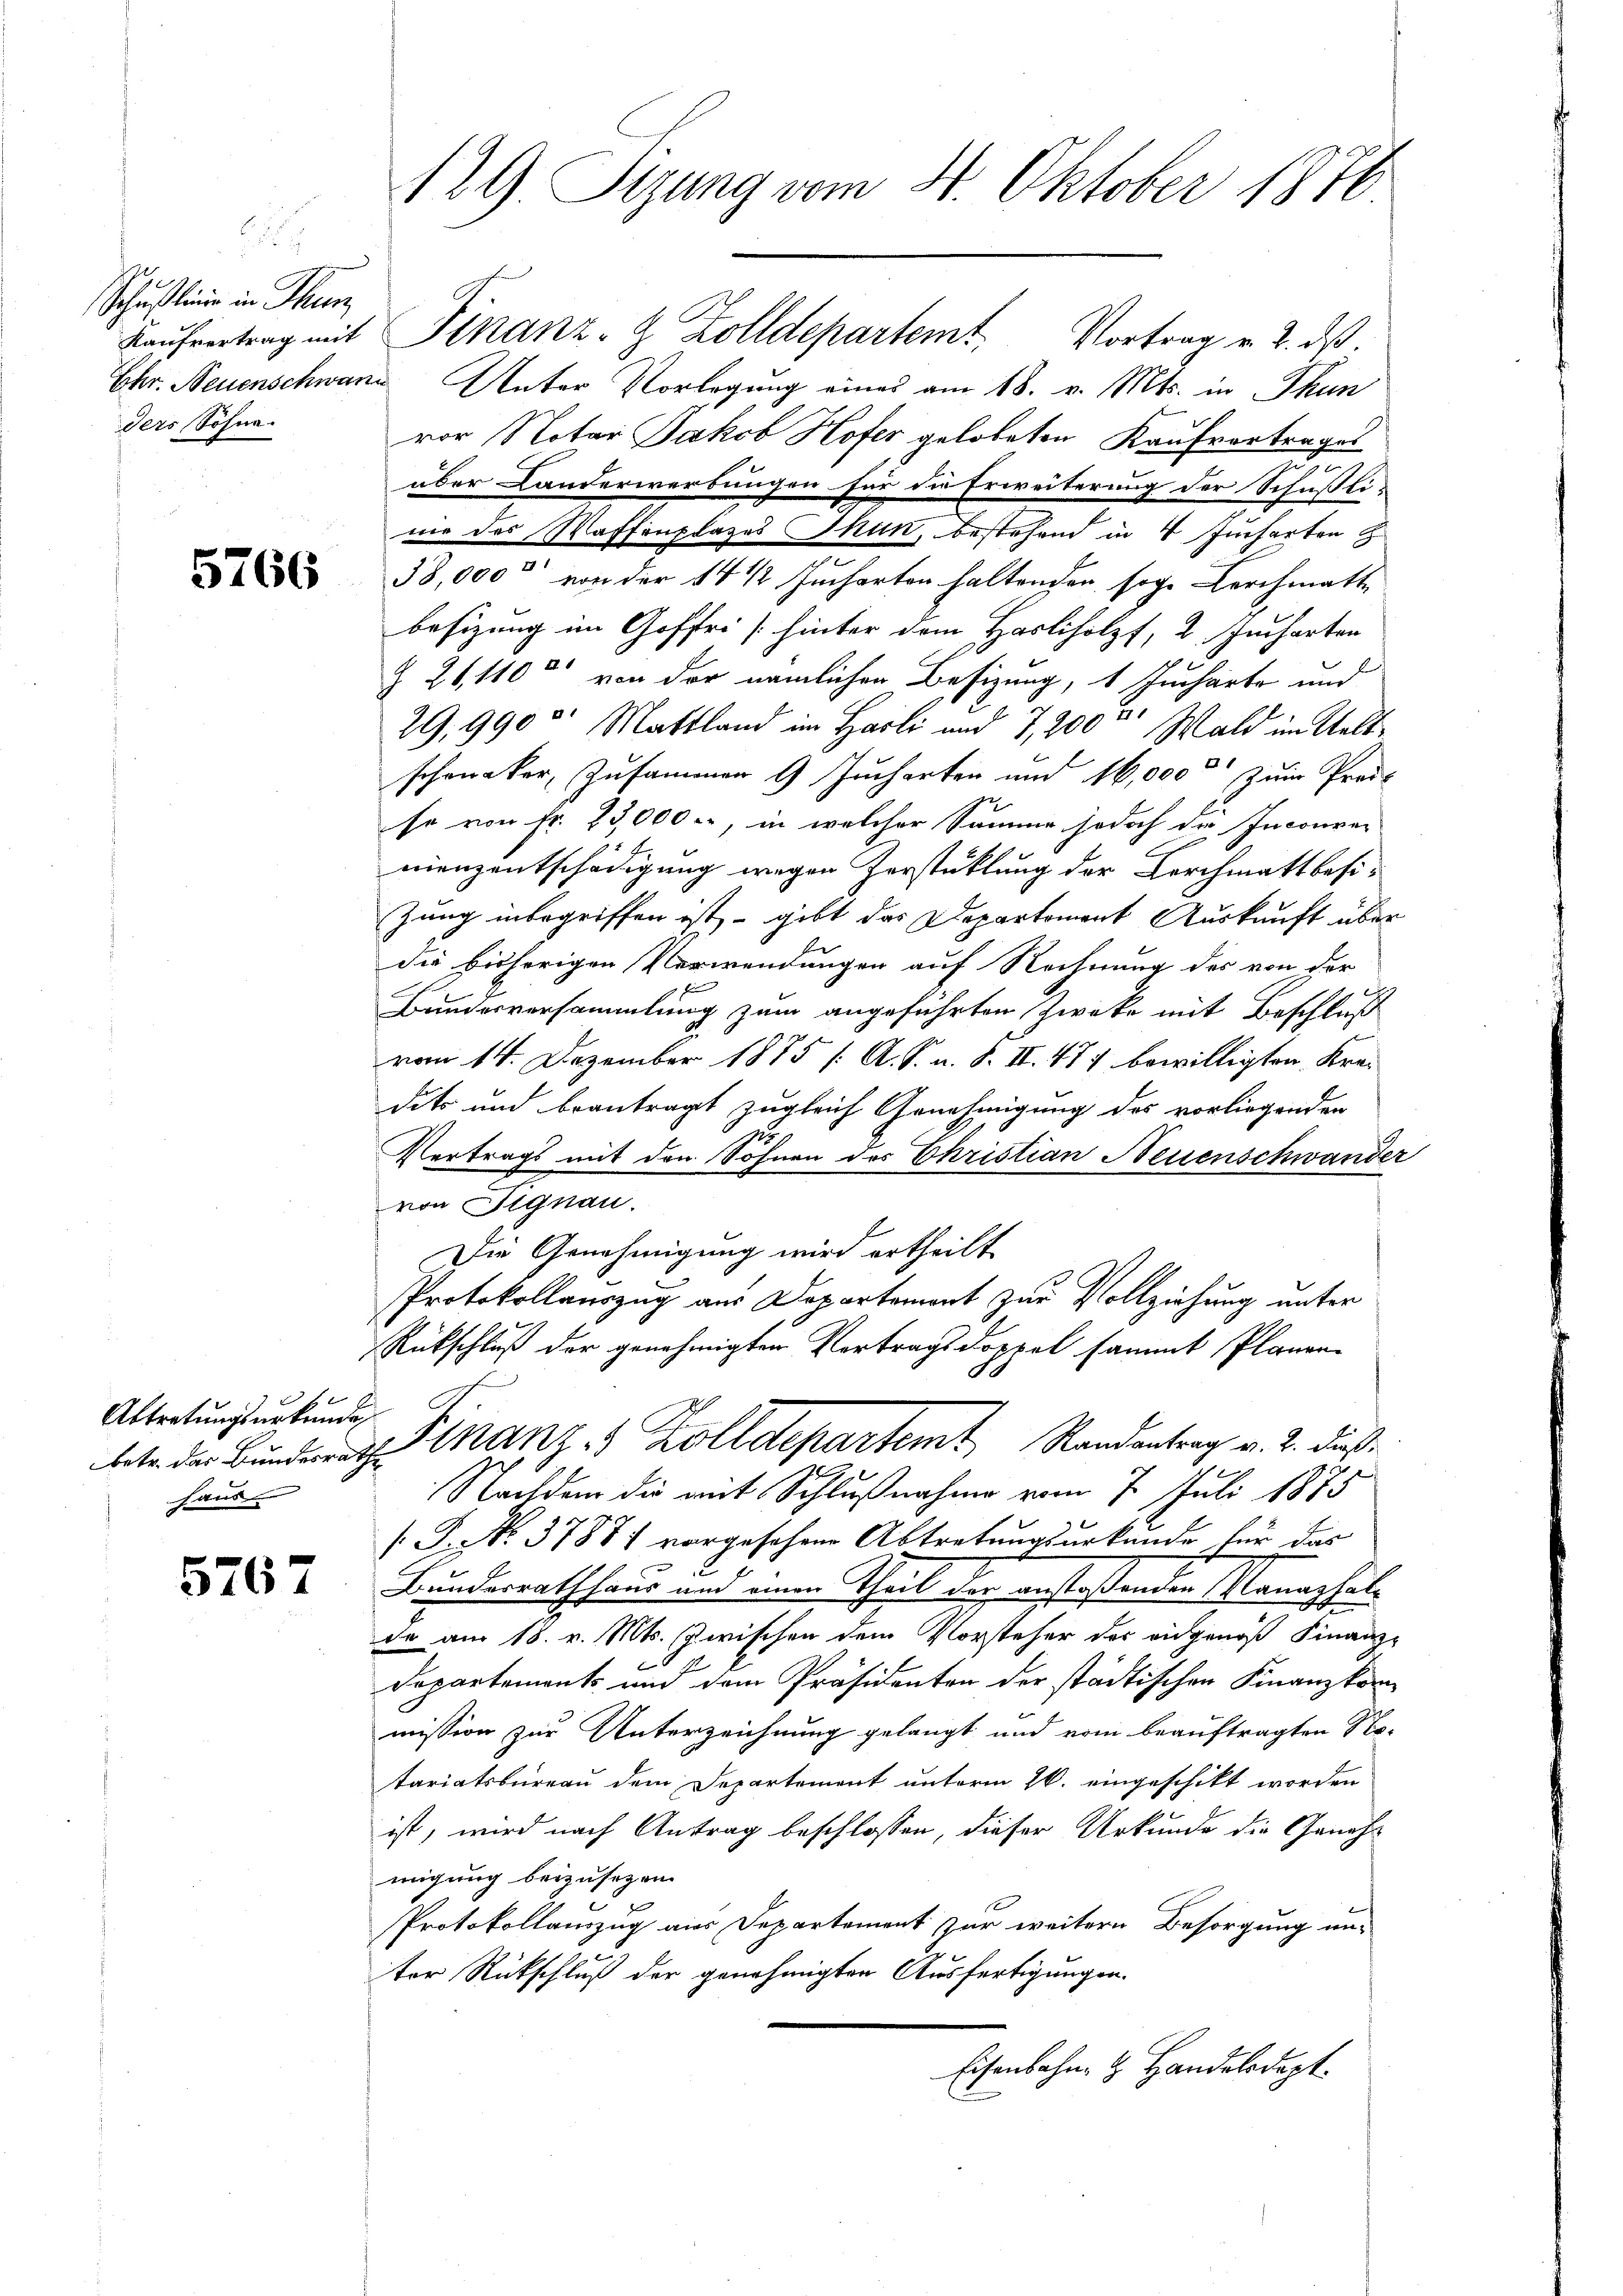
Schußlinge in Thun
ders Sohne.

5766

x
Abtretungsurkunde,
betr. das Bundesrath
haus

5767

129. Sizung vom 4. Oktober 1876

Ehr. Neuenschwaren Unter Vorlegung eines am 18. v. Mts. in Thun
vor Notar Jakob Hofer gelobeten Kaufvertrages
über Landerwerbungen für die Erweiterung der Schüsli-
nie des Waffenplazes Thun, bestehend in 4 Jucharten z
38,000 von der 14 1/2 Jucharten haltenden sog. Kerchmatte
besizung im Goffri / hinter dem Hasliholzf, 2. Jucharten
Z 24, 110 von der nämlichen Besizung, 1 Jucharte und
29,990 Mattland im Hasli und 7,200c Wald im Weltschoneker, Zusammen 9 Jucharten und 16,000 zum Preis
so von Fr. 23,000.-, in welcher Samme jodoch die Inconver
nienzentschädigung wegen Zerstüklung der Kirchmatt besizung inbegriffen ist, – gibt das Departoment Auskunft über
die bisherigen Verwendungen auf Rechnung der von der
Bundesversammlung zum angeführten Zwecke mit Beschluß
vom 14. Dezember 1875 /: A. S. u. S. II. 477 bewilligten Krei
dits und beantragt zugleich Genehmigung des vorliegenden
Vertrags mit den Söhnen des Christian Neuenschwander
von Signau.
Die Genehmigung wird ertheilt.
Protokollauszug aus Departement zur Vollziehung unter
Rückschluß der genehmigten Vortragsdoppel sammt Planen-
Finanz- & Zolldepartemt Randantrag v. 2. dieß¬
Nachdem die mit Schlußnahme vom 7. Juli 1875
[: P. Nr. 37881 vorgesehene Abtretungsurkunde für das
2
Bundesrath haus und einen Theil der anstoßenden Manaphale
.
de am 18. v. Mts. zwischen dem Vorsteher des eidgenoß Finanz-
Departements und dem Präsidenten der städtischen Finanzkommission zur Unterzeichnung gelangt und vom beauftragten No-
tariatsbureau dem Departement unterm 26. eingeschikt worden
ist, wird nach Antrag beschlossen, dieser Urkunde die Genehmigung beizusetzen.
Protokollamzug aus Departement zur weitern Besorgung un-
ter Rückschluß der genehmigten Ausfertigungen.
Eisenbahn & Handelsdept.

Kaŭfvertrag mit Finanz-Z Zolldepartemt Vortrag v. 2. ds